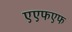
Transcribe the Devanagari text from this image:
एएफएफ